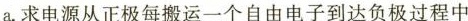
a. 求电源从正极每搬运一个自由电子到达负极过程中